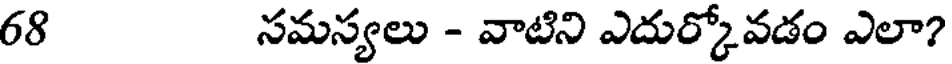
68 సమస్యలు - వాటిని ఎదుర్కోవడం ఎలా?